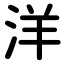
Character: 洋